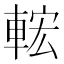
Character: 𨌆